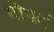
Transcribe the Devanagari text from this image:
गोनदं